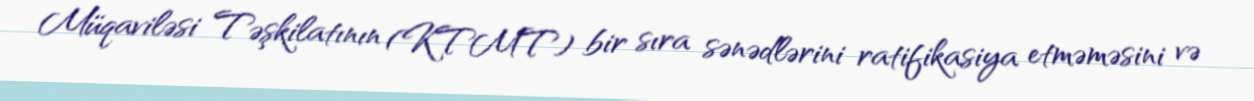
Müqaviləsi Təşkilatının (KTMT) bir sıra sənədlərini ratifikasiya etməməsini və